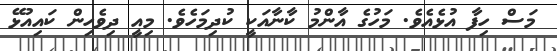
މަސް ހިފާ އުޅެއެވެ. މަހުގެ އާންމު ކާނާއަކީ ކުދިމަހެވެ. މިއީ ދިވެހިން ކައިއުޅޭ